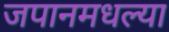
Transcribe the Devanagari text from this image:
जपानमधल्या